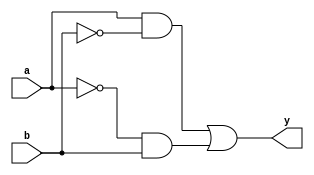
module xor_gate_pass(
    input a,
    input b,
    output y
);

wire p1, p2;

assign p1 = a & ~b;
assign p2 = ~a & b;

assign y = p1 | p2;

endmodule